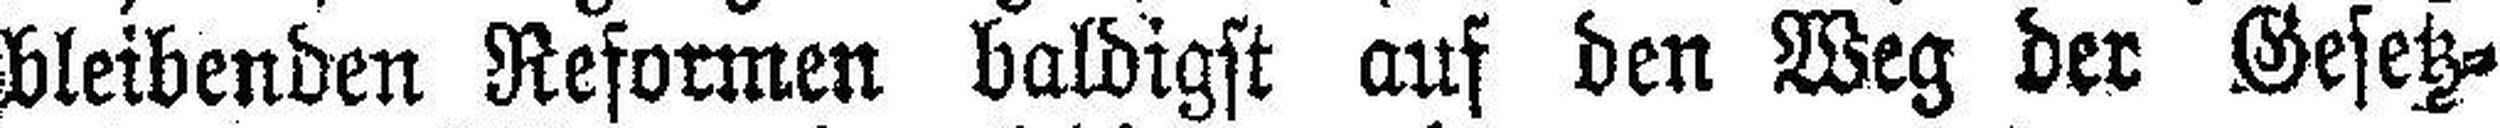
bleibenden Reformen baldigst auf den Weg der Gesetz¬